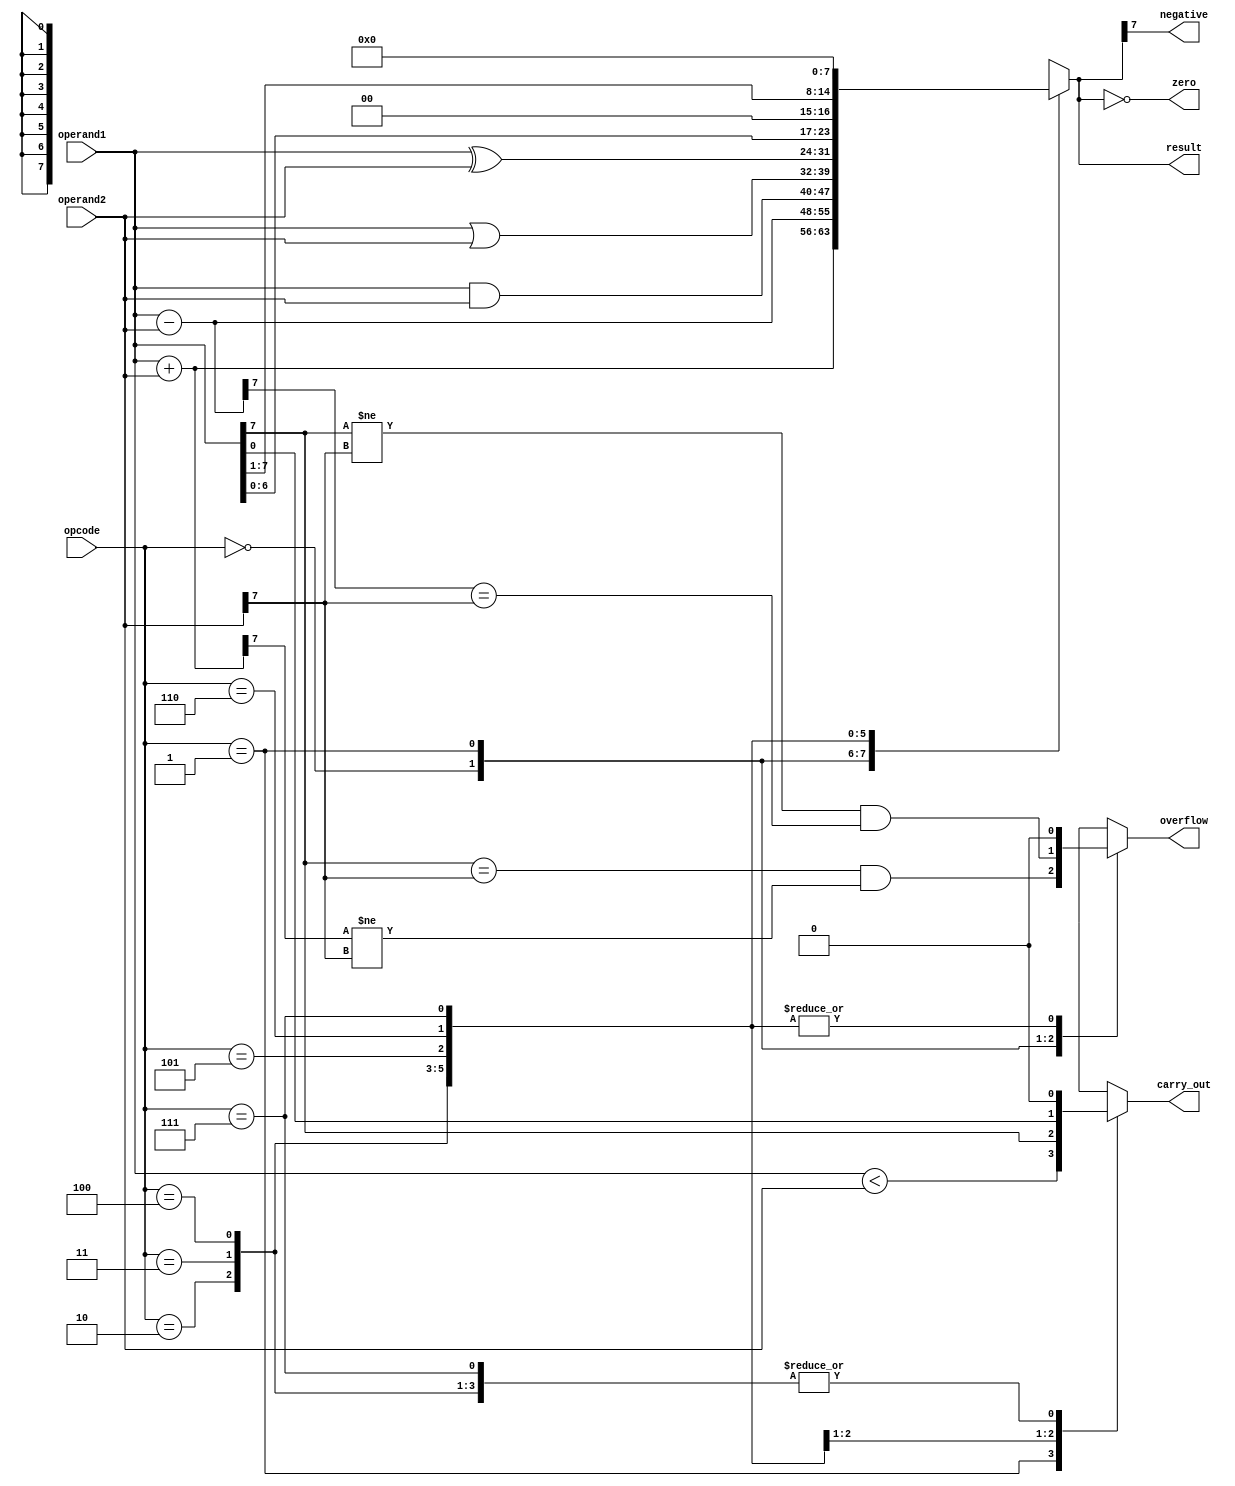
module ALU(
    input [7:0] operand1,
    input [7:0] operand2,
    input [2:0] opcode,
    output [7:0] result,
    output carry_out,
    output overflow,
    output zero,
    output negative
);

reg [7:0] tmp_result;
reg carry_out, overflow, zero, negative;

always @(*)
begin
    case(opcode)
        3'b000:
            begin // Addition
                tmp_result = operand1 + operand2;
                carry_out = (tmp_result[8] == 1);
                overflow = (operand1[7] == operand2[7] && tmp_result[7] != operand2[7]);
            end
        3'b001:
            begin // Subtraction
                tmp_result = operand1 - operand2;
                carry_out = (operand1 < operand2);
                overflow = (operand1[7] != operand2[7] && tmp_result[7] == operand2[7]);
            end
        3'b010:
            begin // AND
                tmp_result = operand1 & operand2;
                carry_out = 0;
                overflow = 0;
            end
        3'b011:
            begin // OR
                tmp_result = operand1 | operand2;
                carry_out = 0;
                overflow = 0;
            end
        3'b100:
            begin // XOR
                tmp_result = operand1 ^ operand2;
                carry_out = 0;
                overflow = 0;
            end
        3'b101:
            begin // Shift Left
                tmp_result = operand1 << 1;
                carry_out = operand1[7];
                overflow = 0;
            end
        3'b110:
            begin // Shift Right
                tmp_result = operand1 >> 1;
                carry_out = operand1[0];
                overflow = 0;
            end
        3'b111:
            begin // Comparison
                tmp_result = 0;
                carry_out = 0;
                overflow = 0;
            end
    endcase
    
    result = tmp_result;
    
    zero = (tmp_result == 0);
    negative = (tmp_result[7] == 1);
end
endmodule